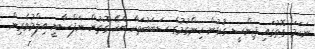
ނަހަމަ ގޮތުގައި ޖިންސީ ގުޅުން ހިންގުމުގެ ސަބަބުތަކާ ބެހޭ ގޮތުން ނަފްސާނީ އިލްމުވެރިން